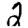
Digit: 2